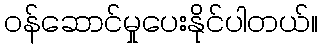
ဝန်ဆောင်မှုပေးနိုင်ပါတယ်။